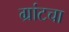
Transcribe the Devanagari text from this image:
ग्रांटचा